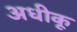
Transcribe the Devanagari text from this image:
अधीकू